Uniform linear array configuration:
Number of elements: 32
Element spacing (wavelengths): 1
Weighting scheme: blackman
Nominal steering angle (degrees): -15
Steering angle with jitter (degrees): -16.868
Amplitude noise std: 0.05
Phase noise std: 0.05

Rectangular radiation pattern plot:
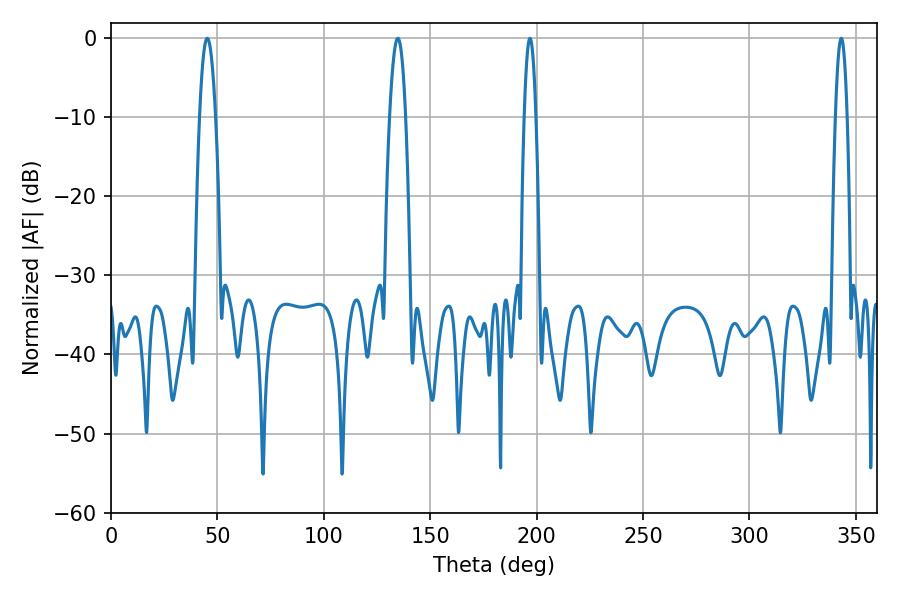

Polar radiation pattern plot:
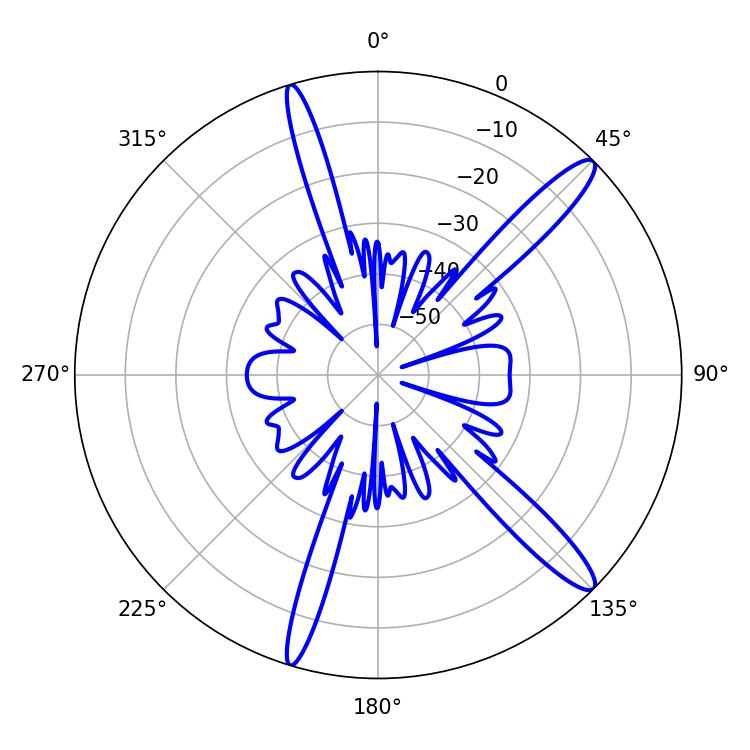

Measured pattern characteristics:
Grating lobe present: TRUE
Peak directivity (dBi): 14.09
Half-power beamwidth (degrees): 4.14
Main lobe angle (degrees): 45.18